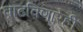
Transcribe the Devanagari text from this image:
वाढविणारेही